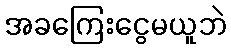
အခကြေးငွေမယူဘဲ